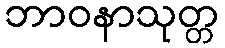
ဘာဝနာသုတ္တ